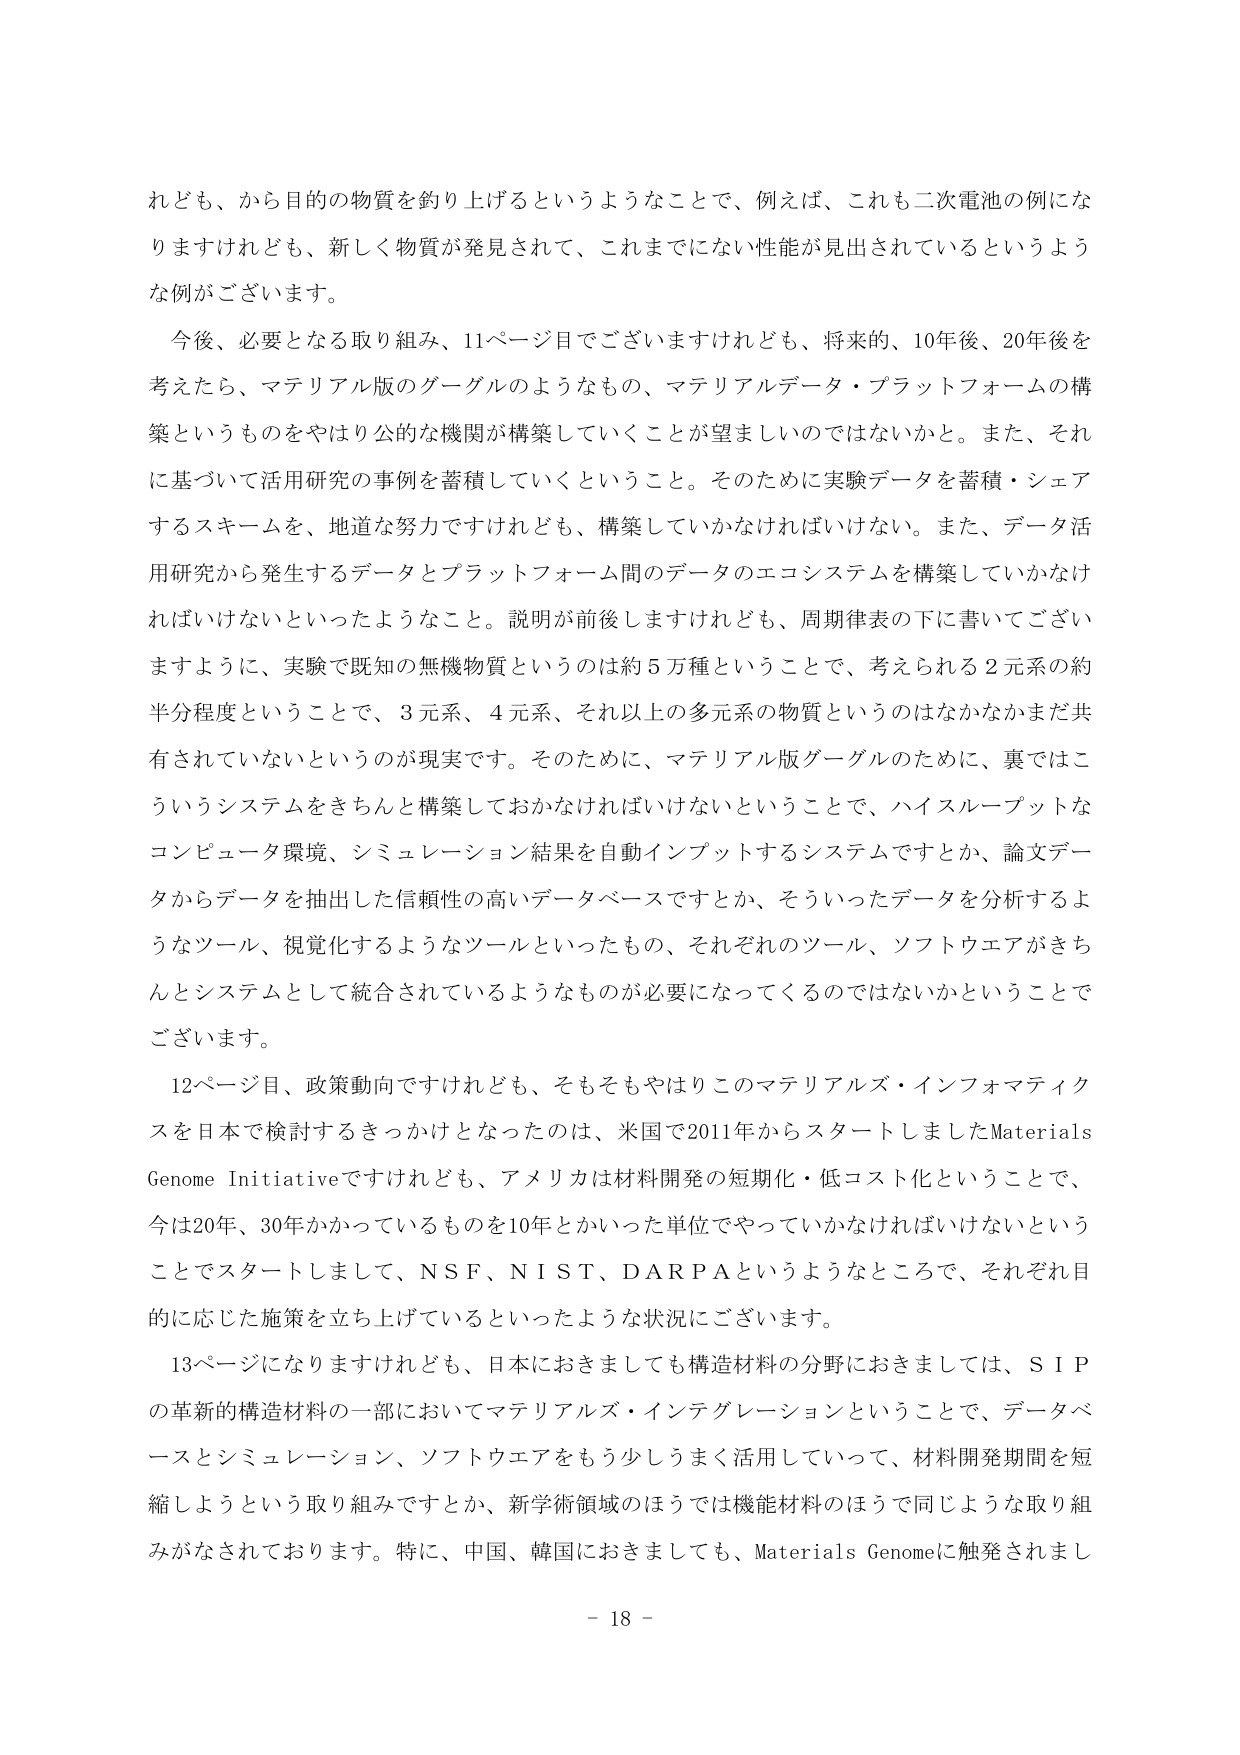
れども、から目的の物質を釣り上げるというようなことで、例えば、これも二次電池の例にな
りますけれども、新しく物質が発見されて、これまでにない性能が見出されているというよう
な例がございます。
　今後、必要となる取り組み、11ページ目でございますけれども、将来的、10年後、20年後を
考えたら、マテリアル版のグーグルのようなもの、マテリアルデータ・プラットフォームの構
築というものをやはり公的な機関が構築していくことが望ましいのではないかと。また、それ
に基づいて活用研究の事例を蓄積していくということ。そのために実験データを蓄積・シェア
するスキームを、地道な努力ですけれども、構築していかなければいけない。また、データ活
用研究から発生するデータとプラットフォーム間のデータのエコシステムを構築していかなけ
ればいけないといったようなこと。説明が前後しますけれども、周期律表の下に書いてござい
ますように、実験で既知の無機物質というのは約5万種ということで、考えられる2元系の約
半分程度ということで、3元系、4元系、それ以上の多元系の物質というのはなかなかまだ共
有されていないというのが現実です。そのため、マテリアル版グーグルのために、裏ではこ
ういうシステムをきちんと構築しておかなければいけないということで、ハイスループットな
コンピュータ環境、シミュレーション結果を自動インプットするシステムですとか、論文デー
タからデータを抽出した信頼性の高いデータベースですとか、そういったデータを分析するよ
うなツール、視覚化するようなツールといったもの、それぞれのツール、ソフトウェアがきち
んとシステムとして統合されているようなものが必要になってくるのではないかということで
ございます。
　12ページ目、政策動向ですけれども、そもそもやはりこのマテリアルズ・インフォマティク
スを日本で検討するきっかけとなったのは、米国で2011年からスタートしましたMaterials
Genome Initiativeですけれども、アメリカは材料開発の短期化・低コスト化ということで、
今は20年、30年かかっているものを10年とかいった単位でやっていかなければならないという
ことでスタートしまして、NSF、NIST、DARPAというようなところで、それぞれ目
的に応じた施策を立ち上げているといったような状況にございます。
　13ページになりますけれども、日本におきましても構造材料の分野におきましては、SIP
の革新的構造材料の一部においてマテリアルズ・インテグレーションということで、データベ
ースとシミュレーション、ソフトウェアをもう少しうまく活用していって、材料開発期間を短
縮しようという取り組みですとか、新学術領域のほうでは機能材料のほうで同じような取り組
みがなされております。特に、中国、韓国におきましても、Materials Genomeに触発されまし
- 18 -